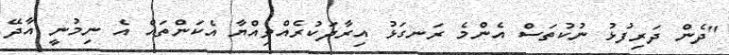
"ދެން ދަރިފުޅު ނުކުތަސް އެންމެ ރަނގަޅު އިރާދަކުރެއްވިއްޔާ އެކަންތައް އެ ނިމުނީ އާދޭ